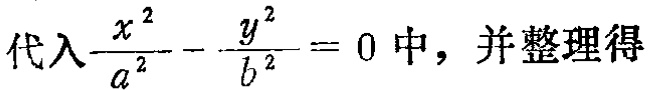
代入\(\frac{x^{2}}{a^{2}} - \frac{y^{2}}{b^{2}} = 0\)中，并整理得